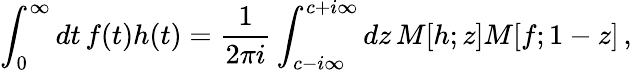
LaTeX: \int_{0}^{\infty}dt\, f(t)h(t)={\frac{1}{2\pi i}}\int_{c-i\infty}^{c+i\infty}dz\, M[h;z]M[f;1-z]\, ,